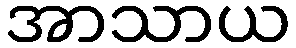
အာသာယ